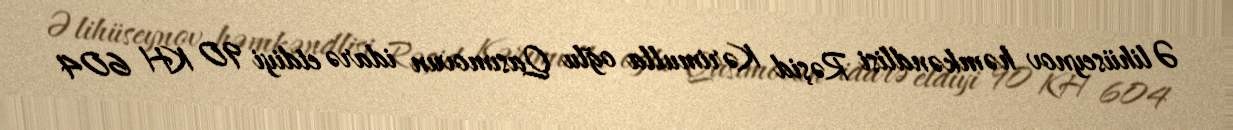
Əlihüseynov həmkəndlisi Rəşid Kərimulla oğlu Qasımovun idarə etdiyi 90 KH 604